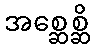
အစ္ဆေစ္ဆိ